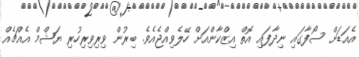
އެއަޑަށް ސޯފާގައި ނިދާފައި އޮތް އިޒްކާންއަށް ހޭލެވިއްޖެއެވެ. ބިރުން ވިރިވިރިހުރި ޔަޝްމް އެއްޗެއް